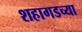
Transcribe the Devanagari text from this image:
शहागडच्या